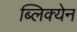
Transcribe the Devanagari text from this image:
ब्लिक्येन